Bombay plague: being a history of the progress of plague in the Bombay presidency from September 1896 to June 1899
Year: 1896
Disease focus: Plague
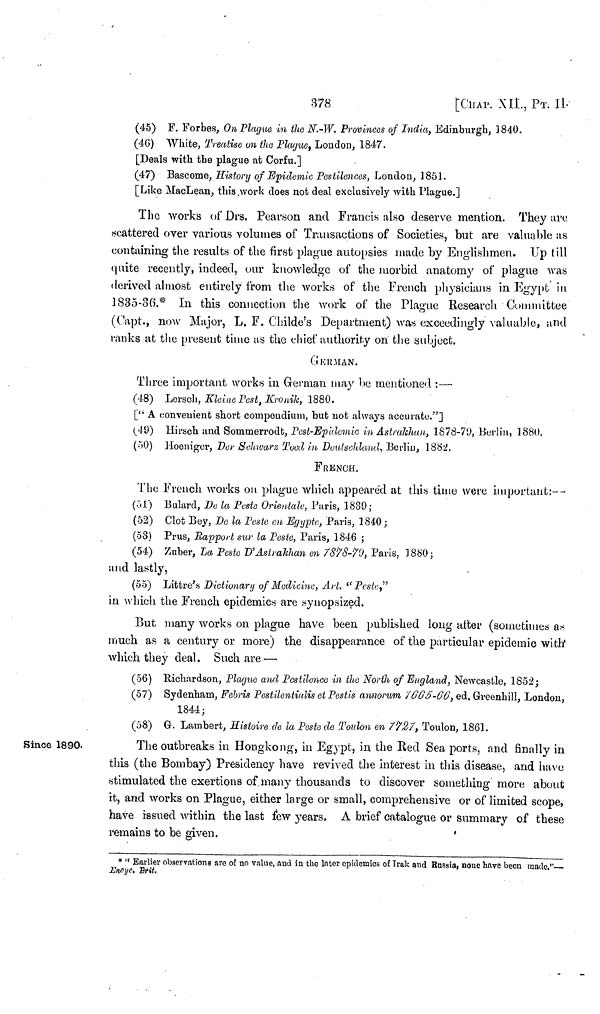
878
[CHAP. XII., PT. 1]
(45) F. Forbes, On Plague in the N.-W. Provinces of India, Edinburgh, 1840.
(4G) White, Treatise on the Plague, London, 1847.
[Deals with the plague at Corfu.]
(47) Bascome, History of Epidemic Pestilences, London, 1851.
[Like MacLean, this work does not deal exclusively with Plague.]
The works of Drs. Pearson and Francis also deserve mention. They are
scattered over various volumes of Transactions of Societies, but are valuable as
containing the results of the first plague autopsies made by Englishmen. Up till
quite recently, indeed, our knowledge of the morbid anatomy of plague was
derived almost entirely from the works of the French, physicians in Egypt in
1835-36.* In this connection the work of the Plague Research Committee
(Capt., now Major, L. F. Childe's Department) was exceedingly valuable, and
ranks at the present time as the chief authority on the subject.
GERMAN.
Three important works in German may be mentioned :—
(48) Lersch, Kleine Pest, Kronik, 1880.
["A convenient short compendium, hut not always accurate."]
(49) Hirsch and Sommerrodt, Pest-Epidemic in Astrakhan, 1878-79, Berlin, 1880.
(50) Hoenigor, Der Sehwarz Toed in Doulschland, Berlin, 1882.
FRENCH.
The French works on plague which appeared at this time were important:--
(51) Bulard, De la Peste Orientale, Paris, 1839;
(52) Clot Bey, Do la Peste en Egyptc, Paris, 1840 ;
(58) Prus, Rapport sur la Peste, Paris, 1846 ;
(54) Zuber, La Peste D'Astrakhan en 7878-79, Paris, 1880;
and lastly,
(55) Littre's Dictionary of Medicine, Art. "Peste,"
in which the French epidemics are synopsized.
But many works on plague have been published long after (sometimes as
much as a century or more) the disappearance of the particular epidemic with'
which they deal. Such are—
(56) Richardson, Plague and Pestilence in the North of England, Newcastle, 1852;
(57) Sydenham, Febris Pestilentiulis et Pestis annorum 7665-66, ed, Greenhill, London,
1844;
(58) G. Lambert, Histoire de la Peste de Toulon en 7727, Toulon, 1861.
Since 1890.
The outbreaks in Hongkong, in Egypt, in the Red Sea ports, and finally in
this (the Bombay) Presidency have revived the interest in this disease, and have
stimulated the exertions of many thousands to discover something more about
it, and works on Plague, either large or small, comprehensive or of limited scope,
have issued within the last few years. A brief catalogue or summary of these
remains to be given.
* "Earlier observations are of no value, and in the Inter epidemics of Irak and Russia, none have been made."
Encyc. Brit.